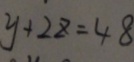
y + 2 z = 4 8